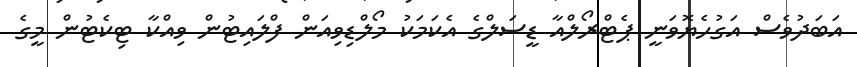
އަބަދުވެސް އަގުހެޔޮވަނީ ޕެޓްރޯލްއާ ޑީސަލްގެ އެކަމަކު މޯލްޑިވިއަން ފްލައިޓުން ވިއްކާ ޓިކެޓުން މީގެ